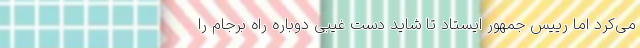
می‌کرد اما رییس جمهور ایستاد تا شاید دست غیبی دوباره راه برجام را